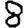
Digit: 8